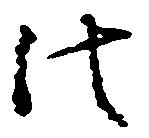
法